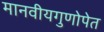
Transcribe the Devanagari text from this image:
मानवीयगुणोपेत